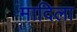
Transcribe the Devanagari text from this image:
मादिला